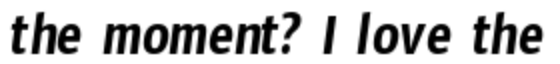
the moment? I love the